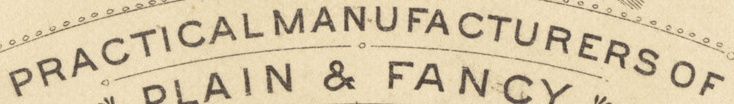
PRACTICAL MANUFA CTURERS OF